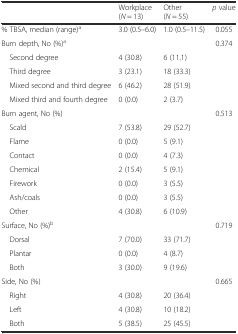
<table><thead><tr><td></td><td><b>Workplace (<i>N</i> = 13)</b></td><td><b>Other (<i>N</i> = 55)</b></td><td><b><i>p</i> value</b></td></tr></thead><tbody><tr><td>% TBSA, median (range)<sup>a</sup></td><td>3.0 (0.5–6.0)</td><td>1.0 (0.5–11.5)</td><td>0.055</td></tr><tr><td>Burn depth, No (%)<sup>a</sup></td><td></td><td></td><td>0.374</td></tr><tr><td> Second degree</td><td>4 (30.8)</td><td>6 (11.1)</td><td></td></tr><tr><td> Third degree</td><td>3 (23.1)</td><td>18 (33.3)</td><td></td></tr><tr><td> Mixed second and third degree</td><td>6 (46.2)</td><td>28 (51.9)</td><td></td></tr><tr><td> Mixed third and fourth degree</td><td>0 (0.0)</td><td>2 (3.7)</td><td></td></tr><tr><td>Burn agent, No (%)</td><td></td><td></td><td>0.513</td></tr><tr><td> Scald</td><td>7 (53.8)</td><td>29 (52.7)</td><td></td></tr><tr><td> Flame</td><td>0 (0.0)</td><td>5 (9.1)</td><td></td></tr><tr><td> Contact</td><td>0 (0.0)</td><td>4 (7.3)</td><td></td></tr><tr><td> Chemical</td><td>2 (15.4)</td><td>5 (9.1)</td><td></td></tr><tr><td> Firework</td><td>0 (0.0)</td><td>3 (5.5)</td><td></td></tr><tr><td> Ash/coals</td><td>0 (0.0)</td><td>3 (5.5)</td><td></td></tr><tr><td> Other</td><td>4 (30.8)</td><td>6 (10.9)</td><td></td></tr><tr><td>Surface, No (%)<sup>b</sup></td><td></td><td></td><td>0.719</td></tr><tr><td> Dorsal</td><td>7 (70.0)</td><td>33 (71.7)</td><td></td></tr><tr><td> Plantar</td><td>0 (0.0)</td><td>4 (8.7)</td><td></td></tr><tr><td> Both</td><td>3 (30.0)</td><td>9 (19.6)</td><td></td></tr><tr><td>Side, No (%)</td><td></td><td></td><td>0.665</td></tr><tr><td> Right</td><td>4 (30.8)</td><td>20 (36.4)</td><td></td></tr><tr><td> Left</td><td>4 (30.8)</td><td>10 (18.2)</td><td></td></tr><tr><td> Both</td><td>5 (38.5)</td><td>25 (45.5)</td><td></td></tr></tbody></table>